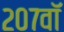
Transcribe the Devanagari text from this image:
२०७वॉ